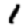
Digit: 1